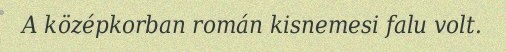
A középkorban román kisnemesi falu volt.